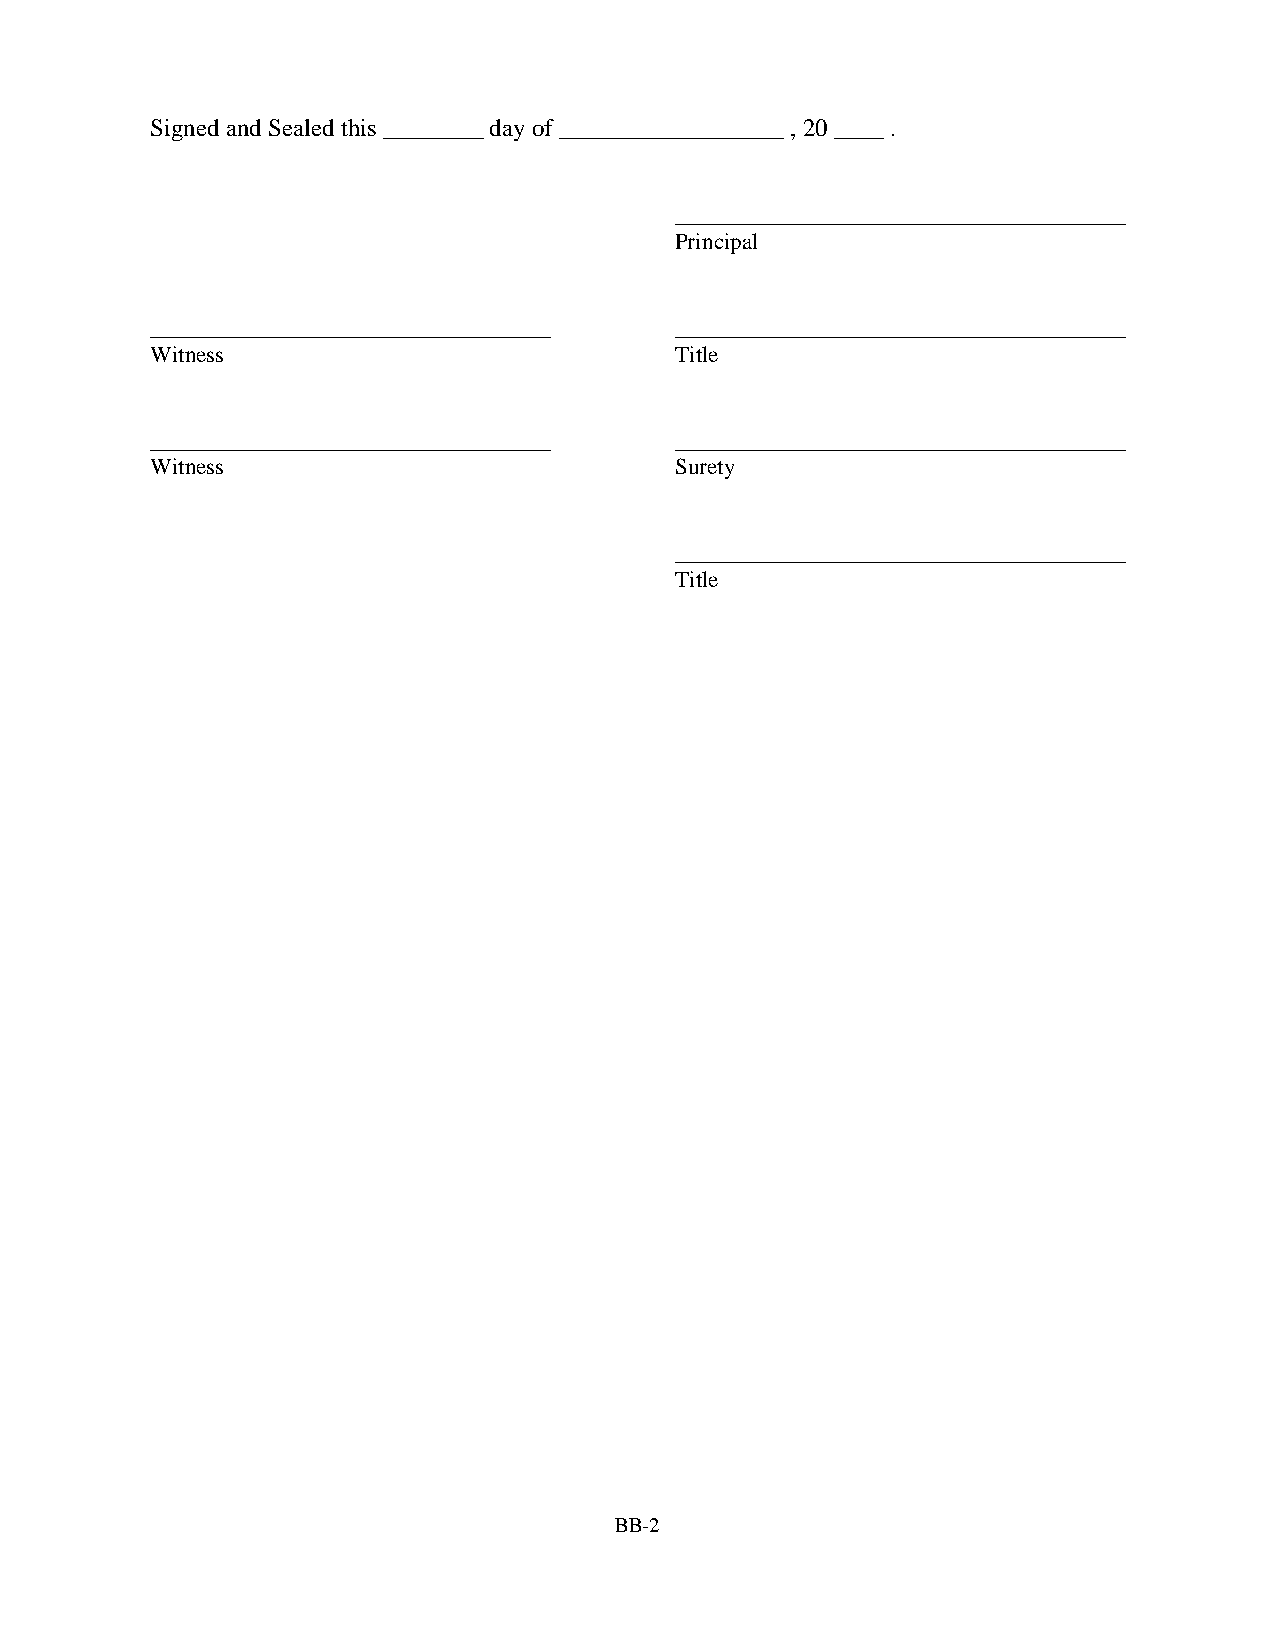
Signed and Sealed this ________ day of __________________ , 20 ____ .
 ____________________________________
 Principal
 ________________________________   ____________________________________
 Witness                            Title
 ________________________________   ____________________________________
 Witness                            Surety
 ____________________________________
 Title
 BB-2